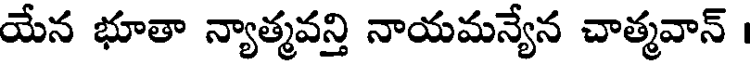
యేన భూతా న్యాత్మవన్తి నాయమన్యేన చాత్మవాన్ ।